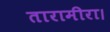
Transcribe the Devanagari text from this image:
तारामीरा।